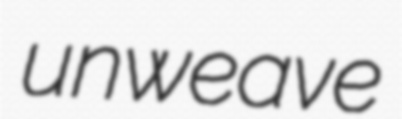
unweave